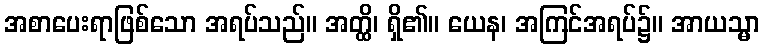
အစာပေးရာဖြစ်သော အရပ်သည်။ အတ္ထိ၊ ရှိ၏။ ယေန၊ အကြင်အရပ်၌။ အာယသ္မာ